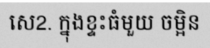
សេ2. ក្នុងខ្ទះធំមួយ ចម្អិន